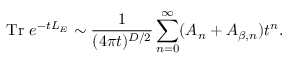
\mathrm { T r } ~ e ^ { - t L _ { E } } \sim { \frac { 1 } { ( 4 \pi t ) ^ { D / 2 } } } \sum _ { n = 0 } ^ { \infty } ( A _ { n } + A _ { \beta , n } ) t ^ { n } .